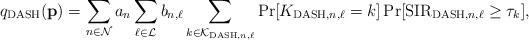
LaTeX: \begin{align*}q_{\rm DASH}(\mathbf p) = \sum_{n\in\mathcal N}a_{n}\sum_{\ell\in\mathcal L} b_{n,\ell}\sum_{k\in\mathcal K_{{\rm DASH},n,\ell}}\Pr[K_{{\rm DASH},n,\ell}=k]\Pr[{\rm SIR}_{{\rm DASH},n,\ell}\geq\tau_k],\end{align*}